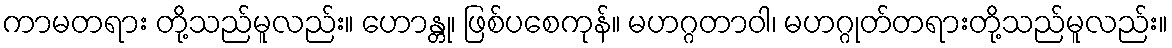
ကာမတရား တို့သည်မူလည်း။ ဟောန္တု၊ ဖြစ်ပစေကုန်။ မဟဂ္ဂတာဝါ၊ မဟဂ္ဂုတ်တရားတို့သည်မူလည်း။